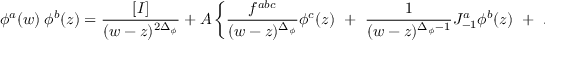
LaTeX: \phi ^ { a } ( w ) ~ \phi ^ { b } ( z ) = { \frac { [ I ] } { ( w - z ) ^ { 2 \Delta _ { \phi } } } } ~ + ~ A \left\{ { \frac { f ^ { a b c } } { ( w - z ) ^ { \Delta _ { \phi } } } } \phi ^ { c } ( z ) ~ + ~ { \frac { 1 } { ( w - z ) ^ { \Delta _ { \phi } - 1 } } } J _ { - 1 } ^ { a } \phi ^ { b } ( z ) { } ~ + ~ . . . \right\} ~ + ~ . . .